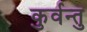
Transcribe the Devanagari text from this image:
कुर्वन्तु